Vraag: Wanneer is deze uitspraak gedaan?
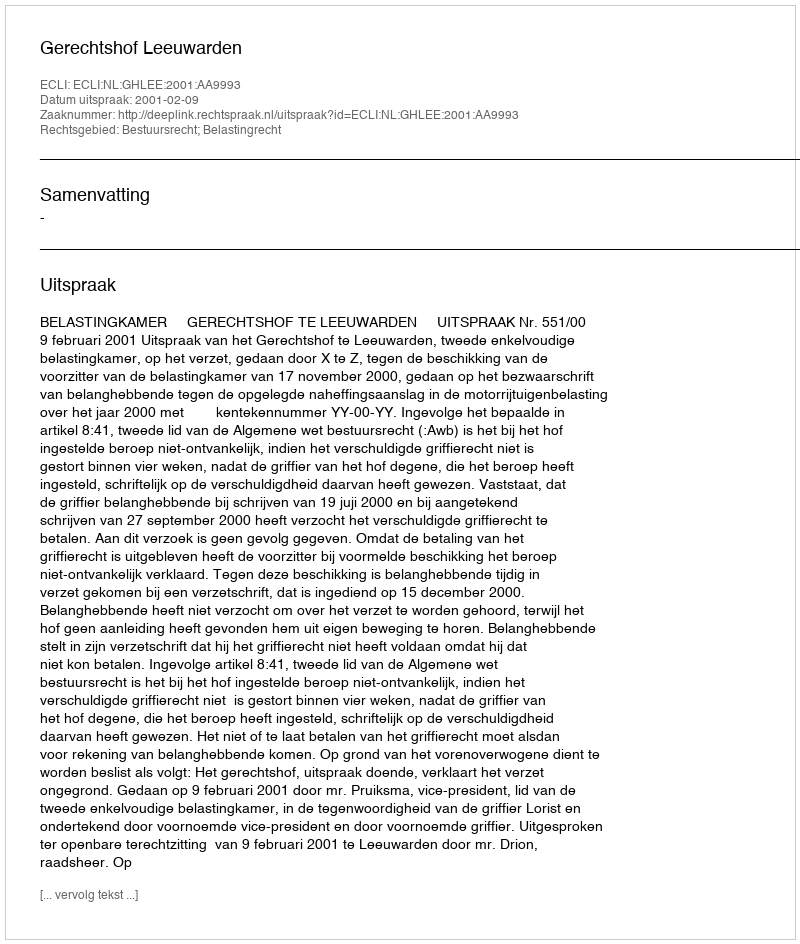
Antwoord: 2001-02-09